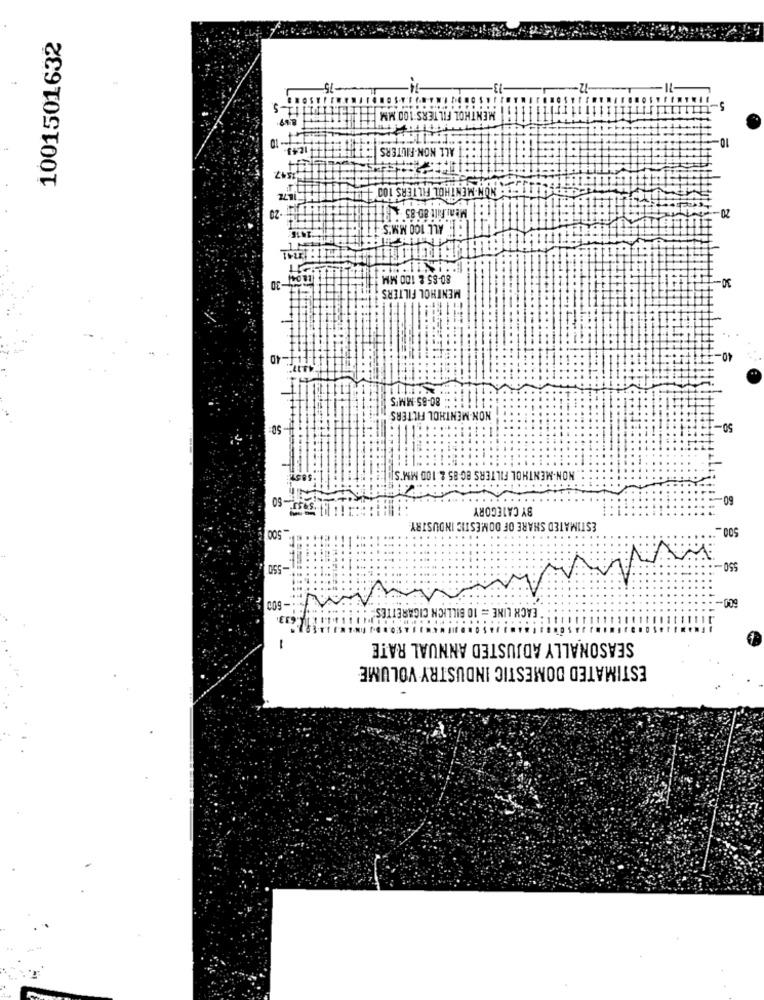
1001501632
MENTHOL FILTERS 100
-10
ALL NON-FILTERS
347
. NON MENTHOL FILTERS 100-
-23
Meni Filt 80-85
20-
FALL 100 MM'S
80-85 & 100 MM
30-
-30
MENTHOL FILTERS
40
80-85-MM'S
NON-MENTHOL FILTERS
50-
NON-MENTHOL FILTERS BC-85 & 100 MM'S
60.
BY CATEGORY
500
ESTIMATED SHARE OF DOMESTIC INDUSTRY
500.
-550
550
600-
600
EACH LINE = 10 BILLICH CIGARETTES
633
1
SEASONALLY ADJUSTED ANNUAL RATE
ESTIMATED DOMESTIC INDUSTRY VOLUME